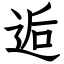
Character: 逅